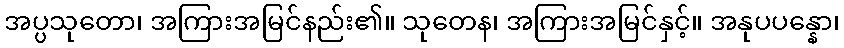
အပ္ပသုတော၊ အကြားအမြင်နည်း၏။ သုတေန၊ အကြားအမြင်နှင့်။ အနုပပန္နော၊